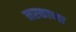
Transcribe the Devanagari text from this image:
नरकाच्या